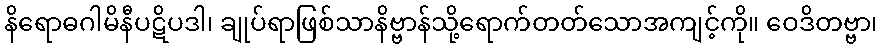
နိရောဓဂါမိနီပဋိပဒါ၊ ချုပ်ရာဖြစ်သာနိဗ္ဗာန်သို့ရောက်တတ်သောအကျင့်ကို။ ဝေဒိတဗ္ဗာ၊